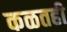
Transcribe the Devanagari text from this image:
कळतही